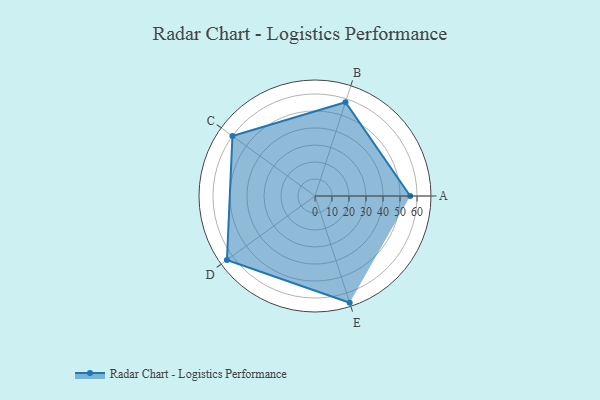
{"axis": {"x": "Skill", "y": "Score"}, "legend": ["Profile"], "data": [{"x": "A", "y": 56.0, "type": "Profile"}, {"x": "B", "y": 58.0, "type": "Profile"}, {"x": "C", "y": 60.0, "type": "Profile"}, {"x": "D", "y": 64.0, "type": "Profile"}, {"x": "E", "y": 66.0, "type": "Profile"}]}